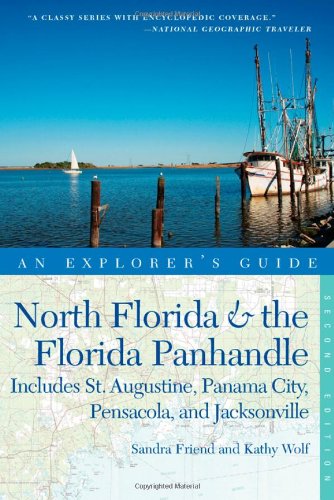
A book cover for Explorer's Guide North Florida & the Florida Panhandle: Includes St. Augustine, Panama City, Pensacola, and Jacksonville (Second Edition)  (Explorer's Complete); Sandra Friend; Travel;